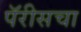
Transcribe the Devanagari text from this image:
पॅरीसचा